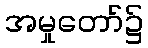
အမှုတော်၌